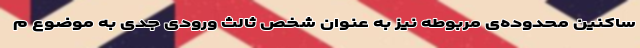
ساکنین محدوده‌ی مربوطه نیز به عنوان شخص ثالث ورودی جدی به موضوع م